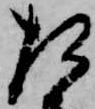
た